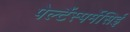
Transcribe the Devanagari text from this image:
पेल्टैंस्पर्मेसिई